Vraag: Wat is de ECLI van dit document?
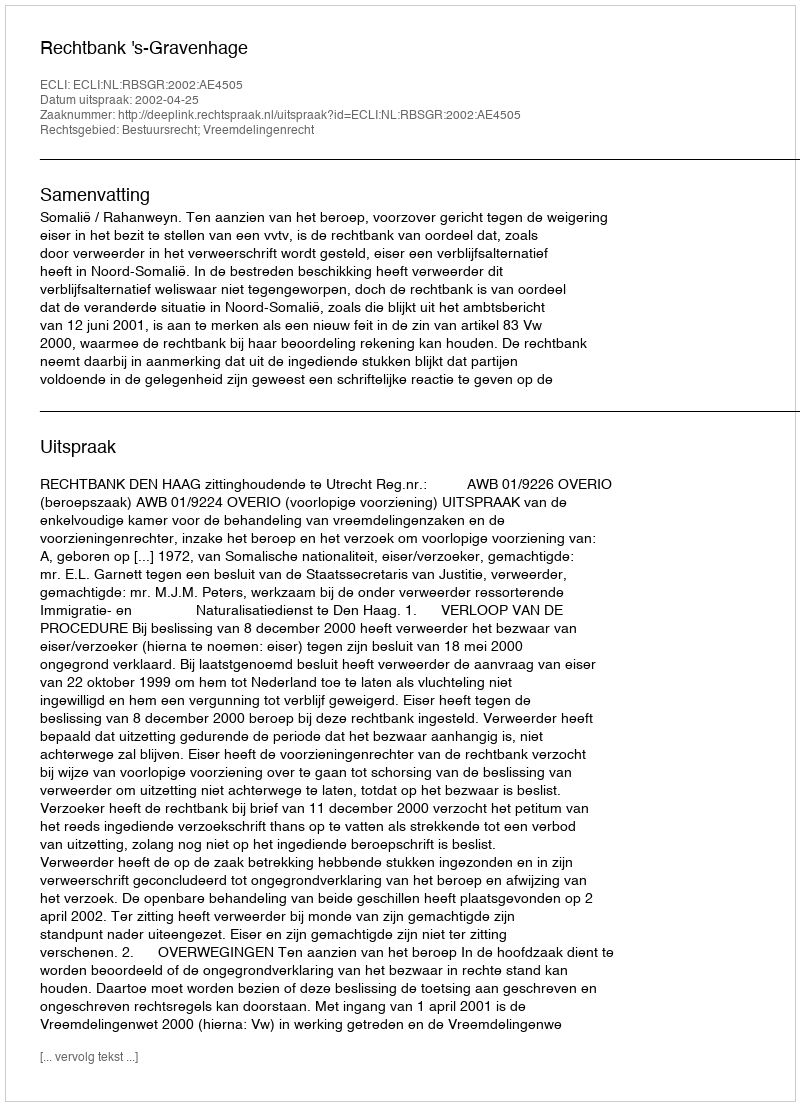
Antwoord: ECLI:NL:RBSGR:2002:AE4505